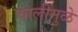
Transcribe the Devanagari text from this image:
चालींमुळे